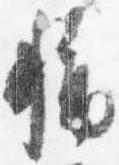
称